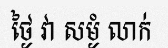
ថ្ងៃ វា សម្ងំ លាក់